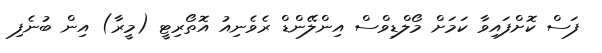
ފަސް ކޮށްފައިވާ ކަމަށް މޯލްޑިވްސް އިންލޭންޑް ރެވެނިއު އޮތޯރިޓީ (މީރާ) އިން ބުނެފި